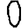
Digit: 0